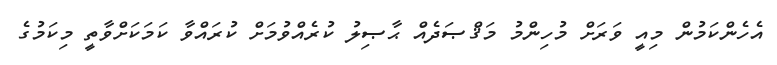
އެހެންކަމުން މިއީ ވަރަށް މުހިންމު މަޤްޞަދެއް ޙާޞިލު ކުރެއްވުމަށް ކުރައްވާ ކަމަކަށްވާތީ މިކަމުގެ